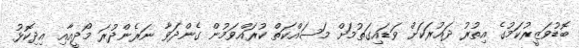
ބޮޑުވަޒީރުކަމުގެ އިތުރު ދައުރަކަށް ވަޑައިގަތުމަށް މަސައްކަތް ކުރައްވަމުން ގެންދަވާ ނަރެންދުރަ މޯދީއާއި އިދިކޮޅު